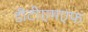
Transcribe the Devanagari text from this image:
डीटीएमएफ